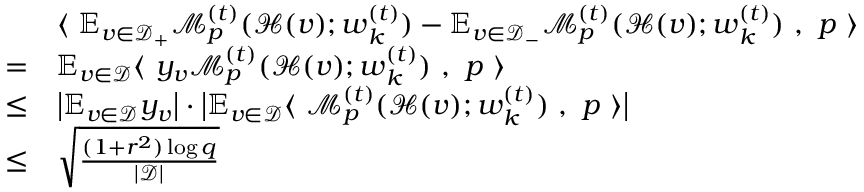
\begin{array} { r l } & { \langle ~ \mathbb { E } _ { v \in \mathcal { D } _ { + } } \mathcal { M } _ { p } ^ { ( t ) } ( \mathcal { H } ( v ) ; { \boldsymbol w } _ { k } ^ { ( t ) } ) - \mathbb { E } _ { v \in \mathcal { D } _ { - } } \mathcal { M } _ { p } ^ { ( t ) } ( \mathcal { H } ( v ) ; { \boldsymbol w } _ { k } ^ { ( t ) } ) ~ , ~ { \boldsymbol p } ~ \rangle } \\ { = } & { \mathbb { E } _ { v \in \mathcal { D } } \langle ~ y _ { v } \mathcal { M } _ { p } ^ { ( t ) } ( \mathcal { H } ( v ) ; { \boldsymbol w } _ { k } ^ { ( t ) } ) ~ , ~ { \boldsymbol p } ~ \rangle } \\ { \le } & { \big | \mathbb { E } _ { v \in \mathcal { D } } y _ { v } \big | \cdot \big | \mathbb { E } _ { v \in \mathcal { D } } \langle ~ \mathcal { M } _ { p } ^ { ( t ) } ( \mathcal { H } ( v ) ; { \boldsymbol w } _ { k } ^ { ( t ) } ) ~ , ~ { \boldsymbol p } ~ \rangle \big | } \\ { \le } & { \sqrt { \frac { ( 1 + r ^ { 2 } ) \log q } { | \mathcal { D } | } } } \end{array}